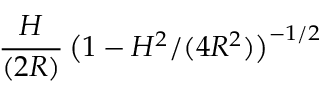
\frac { H } { ( 2 R ) } \, \big ( 1 - H ^ { 2 } / ( 4 R ^ { 2 } ) \big ) ^ { - 1 / 2 }